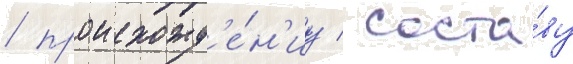
/ происхожд'е́н'иу / соста́ву